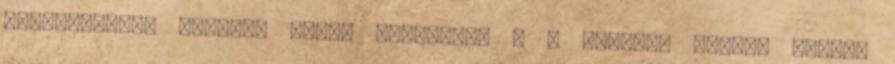
Mars-sorozat második évada Oscar-díj – A legjobb idegen nyelvű